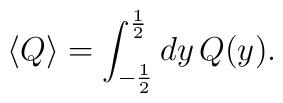
\langle Q \rangle= \int_{-\frac{1}{2}}^{\frac{1}{2}} dy  \, Q(y).